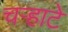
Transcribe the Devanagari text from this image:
चर्‍हाटे